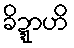
ခိဍ္ဍာဟိ